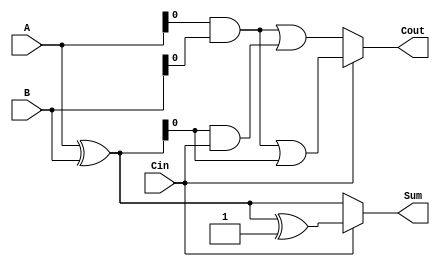
module CSLA_4bit (
    input [3:0] A,          // 4-bit input A
    input [3:0] B,          // 4-bit input B
    input Cin,              // Carry input
    output [3:0] Sum,       // 4-bit sum output
    output Cout             // Carry output
);

    // Intermediate signals
    wire [3:0] S0, S1;      // Sums for carry-in of 0 and 1
    wire C0, C1;            // Carry outputs for carry-in of 0 and 1
    wire P, G;              // Propagate and Generate signals

    // Generate and propagate signals
    assign P = A ^ B;       // Propagate
    assign G = A & B;       // Generate

    // Sum calculation for carry-in = 0
    assign S0 = A ^ B;      // S0 = A + B (if Cin = 0)
    assign C0 = G | (P & Cin); // C0 = G + P * Cin

    // Sum calculation for carry-in = 1
    assign S1 = S0 ^ 4'b0001; // S1 = S0 + 1 (if Cin = 1)
    assign C1 = G | (P & 1'b1); // C1 = G + P * 1

    // Final sum and carry output selection
    assign Sum = (Cin == 1'b0) ? S0 : S1; // Select appropriate sum based on Cin
    assign Cout = (Cin == 1'b0) ? C0 : C1; // Select appropriate carry output based on Cin

endmodule